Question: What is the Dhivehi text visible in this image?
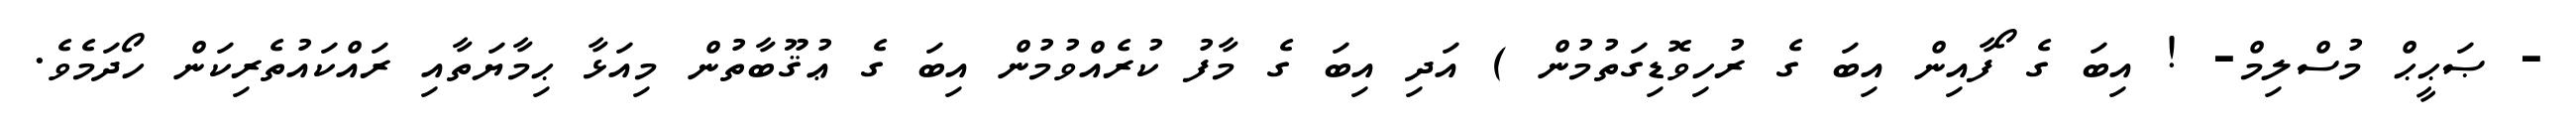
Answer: - ޞަޙީޙް މުސްލިމް- ! އިބަ ގެ ޯފާއިން އިބަ ގެ ރުހިވޮޑިގަތުމުން ) އަދި އިބަ ގެ މާފު ކުރެއްވުމުން އިބަ ގެ ޢުޤޫބާތުން މިއަޅާ ޙިމާޔަތާއި ރައްކައުތެރިކަން ހޯދަމެވެ.